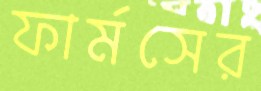
ফার্মসের